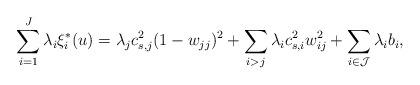
LaTeX: \begin{align*} & \sum_{i=1}^J \lambda_i\xi^*_i(u) =\lambda_j c_{s,j}^2(1-w_{jj})^2 + \sum_{i>j} \lambda_i c_{s,i}^2 w_{ij}^2 + \sum_{i\in \mathcal{J}} \lambda_i b_i, \end{align*}